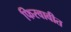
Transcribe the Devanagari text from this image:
फिरवावीत